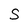
Character: S